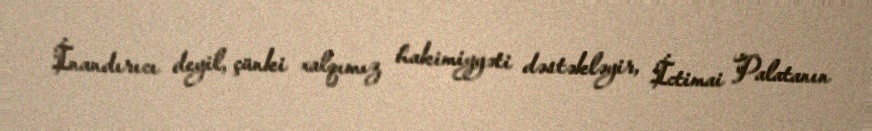
İnandırıcı deyil, çünki xalqımız hakimiyyəti dəstəkləyir, İctimai Palatanın